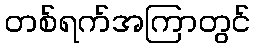
တစ်ရက်အကြာတွင်